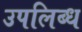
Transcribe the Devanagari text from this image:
उपलिब्ध